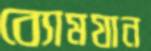
ব্যোমযান